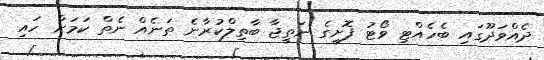
ދެއްވަދޫގައި ބެހެއްޓި ވޯޓު ފޮށީގެ ނަތީޖާ ބާތިލްކުރާނެ ތަނެއް ނެތް ކަމަށް ހައި